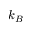
k _ { B }